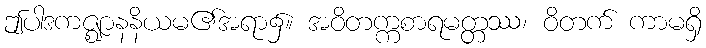
ဤပါဒကဇ္ဈာနနိယမ၏အရာ၌။ အဝိတက္ကစာရမတ္တဿ၊ ဝိတက် ကာမရှိ